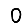
Digit: 0